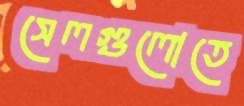
সেলগুলোতে